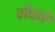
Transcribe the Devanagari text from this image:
गोठने